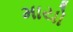
માયો